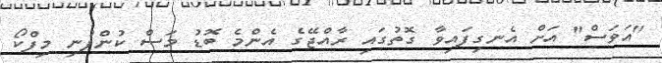
"އަވަސް" އަށް އެނގިފައިވާ ގޮތުގައި ރާއްޖޭގެ އެންމެ ބޮޑު މަސް ކުންފުނި މިފްކޯ